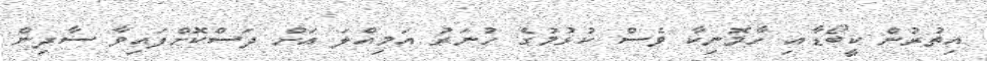
އިތުރުން ކީބޯޑާއި ހާމޮނިކާ ވެސް ކުޅުމުގެ ހުނަރު އަމިއްލަ އަށް ދަސްކޮށްފައިވާ ސާދިން